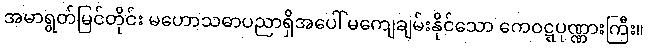
အမာရွတ်မြင်တိုင်း မဟောသဓာပညာရှိအပေါ် မကျေချမ်းနိုင်သော ကေဝဋ္ဋပုဏ္ဏားကြီး။